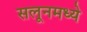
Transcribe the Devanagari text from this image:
सलूनमध्ये